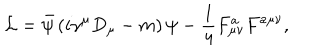
{ \cal L } = \bar { \psi } \left( i \gamma ^ { \mu } D _ { \mu } - m \right) \psi - { \frac { 1 } { 4 } } F _ { \mu \nu } ^ { a } F ^ { a \mu \nu } ,